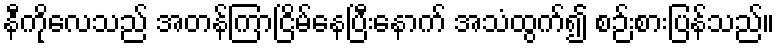
နီကိုလေသည် အတန်ကြာငြိမ်နေပြီးနောက် အသံထွက်၍ စဉ်းစားပြန်သည်။